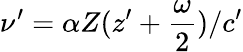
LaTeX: \nu^{\prime}=\alpha Z(z^{\prime}+\frac{\omega}{2})/c^{\prime}